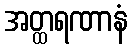
အတ္ထရဏာနံ